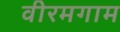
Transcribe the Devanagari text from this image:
वीरमगाम